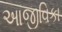
આજીવિકા